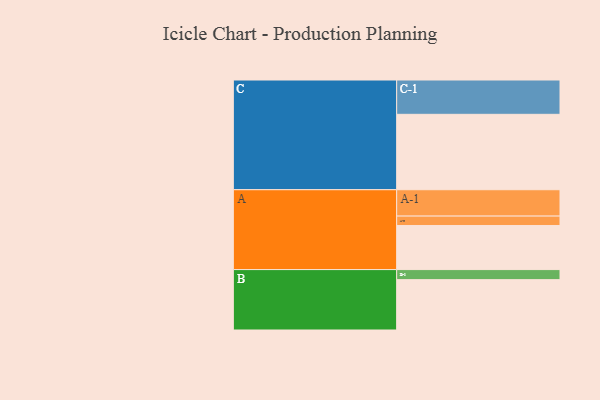
{"axis": {"x": "Segment", "y": "Value"}, "legend": ["", "A", "B", "C"], "data": [{"x": "A", "y": 338, "type": ""}, {"x": "B", "y": 386, "type": ""}, {"x": "C", "y": 578, "type": ""}, {"x": "A-1", "y": 202, "type": "A"}, {"x": "A-2", "y": 72, "type": "A"}, {"x": "B-1", "y": 77, "type": "B"}, {"x": "C-1", "y": 263, "type": "C"}]}